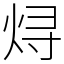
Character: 𬊈